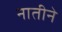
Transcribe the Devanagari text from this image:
नातीने